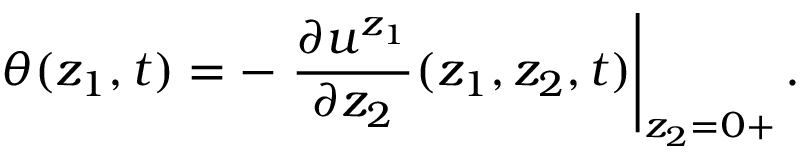
\theta ( z _ { 1 } , t ) = - \left. \frac { \partial u ^ { z _ { 1 } } } { \partial z _ { 2 } } ( z _ { 1 } , z _ { 2 } , t ) \right| _ { z _ { 2 } = 0 + } .